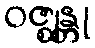
ဝဇ္ဈန္တု